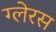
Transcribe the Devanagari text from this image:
ग्लेरस